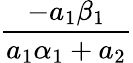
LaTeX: \frac{-a_{1}\beta_{1}}{a_{1}\alpha_{1}+a_{2}}